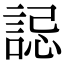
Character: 誋